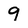
Character: 9